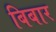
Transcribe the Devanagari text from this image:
बिबार